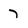
Character: 7